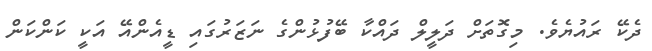
ދެކޭ ރައުޔެވެ. މިގޮތަށް ދަލީލް ދައްކާ ބޭފުޅުންގެ ނަޒަރުގައި ޑީއެންއޭ އަކީ ކަންކަން